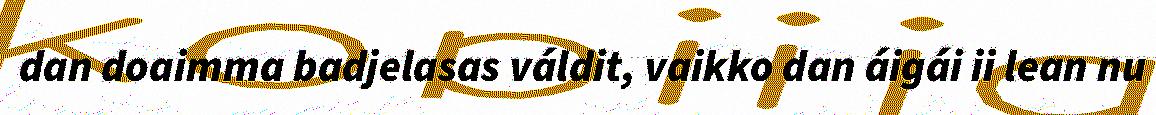
dan doaimma badjelasas váldit, vaikko dan áigái ii lean nu